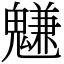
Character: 魐